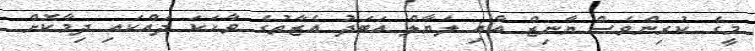
މީގެ ކުރިންވެސް ޔާނިޒް އާއި ލަޔާލް އަބަދު އެޒާތުގެ ވާހަކަ ދައްކައި ދިމާކޮށް